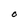
Character: O